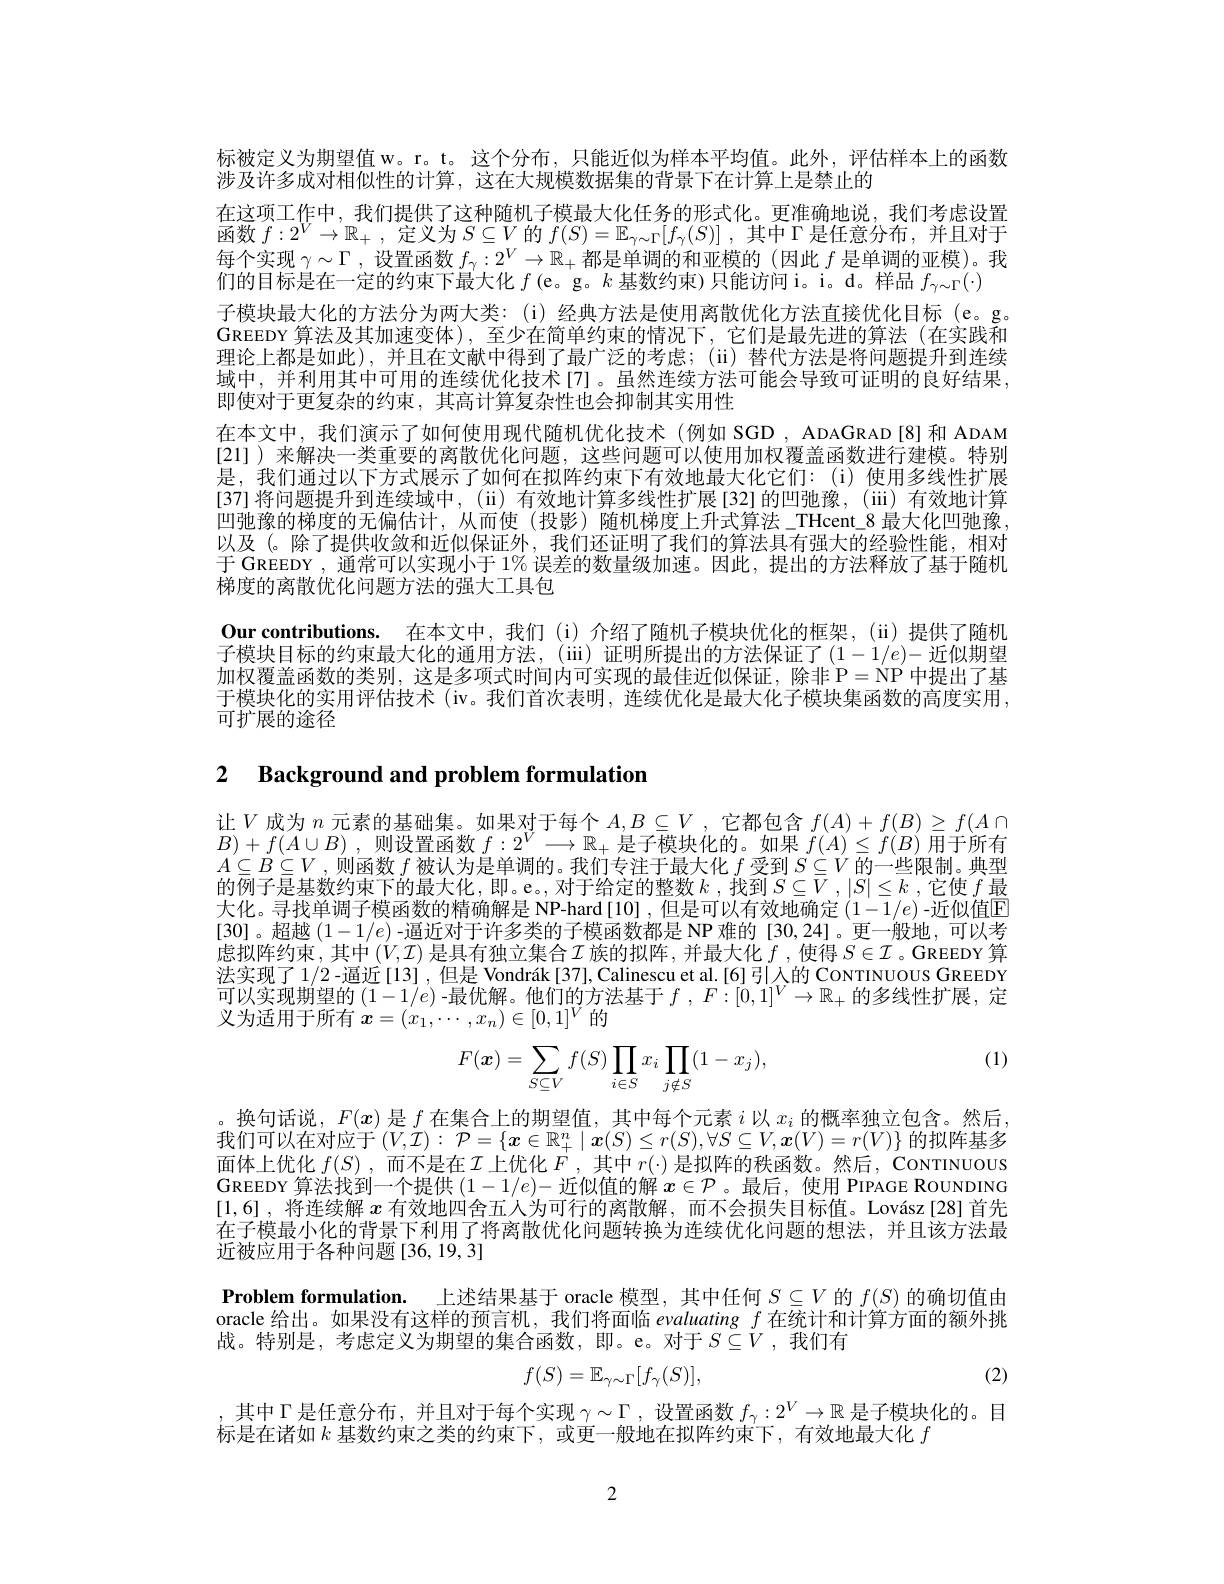
标被定义为期望值 w。r。t。这个分布，只能近似为样本平均值。此外，评估样本上的函数
涉及许多成对相似性的计算，这在大规模数据集的背景下在计算上是禁止的
在这项工作中，我们提供了这种随机子模最大化任务的形式化。更准确地说，我们考虑设置函数$f:2^V\to\mathbb{R}_+$ ,定义为$S\subseteq V$的$f(S)=\mathbb{E}_\gamma\sim\Gamma[f_\gamma(S)]$ ,其中$\Gamma$是任意分布，并且对于每个实现$\gamma\sim\Gamma$ ,设置函数$f_\gamma:2^V\to\mathbb{R}_+$都是单调的和亚模的(因此$f$是单调的亚模)。我们的目标是在一定的约束下最大化$f\left(\mathrm{e}\text{。g。}k\text{ 基数约束)只能访问 i。i。d。样品 }f_{\gamma\sim\Gamma}(\cdot)\right.$
子模块最大化的方法分为两大类：(i)经典方法是使用离散优化方法直接优化目标(e。g。GREEDY 算法及其加速变体),至少在简单约束的情况下，它们是最先进的算法(在实践和理论上都是如此),并且在文献中得到了最广泛的考虑；(ii) 替代方法是将问题提升到连续域中，并利用其中可用的连续优化技术[7]。虽然连续方法可能会导致可证明的良好结果， 即使对于更复杂的约束，其高计算复杂性也会抑制其实用性
在本文中，我们演示了如何使用现代随机优化技术(例如 SGD,ADAGRAD[8]和 ADAM [21] ) 来解决一类重要的离散优化问题，这些问题可以使用加权覆盖函数进行建模。特别是，我们通过以下方式展示了如何在拟阵约束下有效地最大化它们：(i)使用多线性扩展[37]将问题提升到连续域中，(ii) 有效地计算多线性扩展[32]的凹弛豫，(iii) 有效地计算凹弛豫的梯度的无偏估计，从而使 (投影)随机梯度上升式算法\_THcent\_8 最大化凹弛豫， 以及(。除了提供收敛和近似保证外，我们还证明了我们的算法具有强大的经验性能，相对于 GREEDY , 通常可以实现小于 1% 误差的数量级加速。因此，提出的方法释放了基于随机梯度的离散优化问题方法的强大工具包
Our contributions. 在本文中，我们(i)介绍了随机子模块优化的框架，(ii)提供了随机子模块目标的约束最大化的通用方法，(iii)证明所提出的方法保证了$(1-1/e)-$近似期望加权覆盖函数的类别，这是多项式时间内可实现的最佳近似保证，除非 P=NP中提出了基于模块化的实用评估技术 (iv。我们首次表明，连续优化是最大化子模块集函数的高度实用， 可扩展的途径

## 2 $\textbf{Background and problem formulation}$

让$V$成为 $n$ 元素的基础集。如果对于每个 $A,B\subseteq V$ ,它都包含 $f(A)+f(B)\geq f(A\cap$ $B) + f( A\cup B)$ ,则设置函数$f:2^V\longrightarrow\mathbb{R}_+$是子模块化的。如果$f(A)\leq f(B)$用于所有$A\subseteq B\subseteq V$,则函数$f$被认为是单调的。我们专注于最大化$f$受到$S\subseteq V$的一些限制。典型的例子是基数约束下的最大化，即。e。,对于给定的整数$k$ ,找到$S\subseteq\overline{V},|S|\leq k$ ,它使$f$最大化。寻找单调子模函数的精确解是 NP-hard [10] ,但是可以有效地确定$(1-1/e)$ -近似值E [30]。超越$(1-1/e)$ -逼近对于许多类的子模函数都是 NP 难的[30,24]。更一般地，可以考虑拟阵约束，其中$\left(V,\mathcal{I}\right)$是具有独立集合$\mathcal{I}$族的拟阵，并最大化$f$ ,使得 $S\in\mathcal{I}$ 。GREEDY 算法实现了 1/2 -逼近[13] , 但是 Vondrák[37], Calinescu et al.[6]引人的 CoNTINUOUS GREEDY 可以实现期望的$(1-1/e)$ -最优解。他们的方法基于$f,F:[0,1]^V\to\mathbb{R}_+$的多线性扩展，定义为适用于所有$\boldsymbol x=(x_1,\cdots,x_n)\in[0,1]^V$的

(1)
$$F(\boldsymbol{x})=\sum_{S\subseteq V}f(S)\prod_{i\in S}x_i\prod_{j\notin S}(1-x_j),$$
。换句话说，$F(x)$是$f$在集合上的期望值，其中每个元素$i$以$x_i$的概率独立包含。然后， 我们可以在对应于$(V,\mathcal{I}):\mathcal{P}=\{x\in\mathbb{R}_+^n\mid\boldsymbol{x}(S)\leq r(S),\forall S\subseteq V,\boldsymbol{x}(V)=r(V)\}$的拟阵基多面体上优化$f(S)$ ,而不是在$\mathcal{I}$上优化$F$ ,其中$r(\cdot)$是拟阵的秩函数。然后，CoNTINUOUS GREEDY 算法找到一个提供$(1-1/e)-$近似值的解$x\in\mathcal{P}$ 。最后，使用 PIPAGE ROUNDING [1,6] ,将连续解$x$有效地四舍五人为可行的离散解，而不会损失目标值。Lovász[28]首先在子模最小化的背景下利用了将离散优化问题转换为连续优化问题的想法，并且该方法最近被应用于各种问题[36,19,3]

Problem formulation. 上述结果基于 oracle 模型，其中任何$S\subseteq V$的$f(S)$的确切值由oracle 给出。如果没有这样的预言机，我们将面临 evaluating $f$在统计和计算方面的额外挑战。特别是，考虑定义为期望的集合函数，即。e。对于$S\subseteq V$ ,我们有

(2)
$$f(S)=\mathbb{E}_{\gamma\sim\Gamma}[f_{\gamma}(S)],$$
其中$\Gamma$是任意分布，并且对于每个实现$\gamma\sim\Gamma$,设置函数$f_\gamma:2^V\to\mathbb{R}$是子模块化的。目
标是在诸如$k$基数约束之类的约束下，或更一般地在拟阵约束下，有效地最大化$f$

2